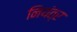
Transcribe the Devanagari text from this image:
नियंत्र